Civil Veterinary Dept. Assam report 1911-1927 - 1911-1927
Year: 1911
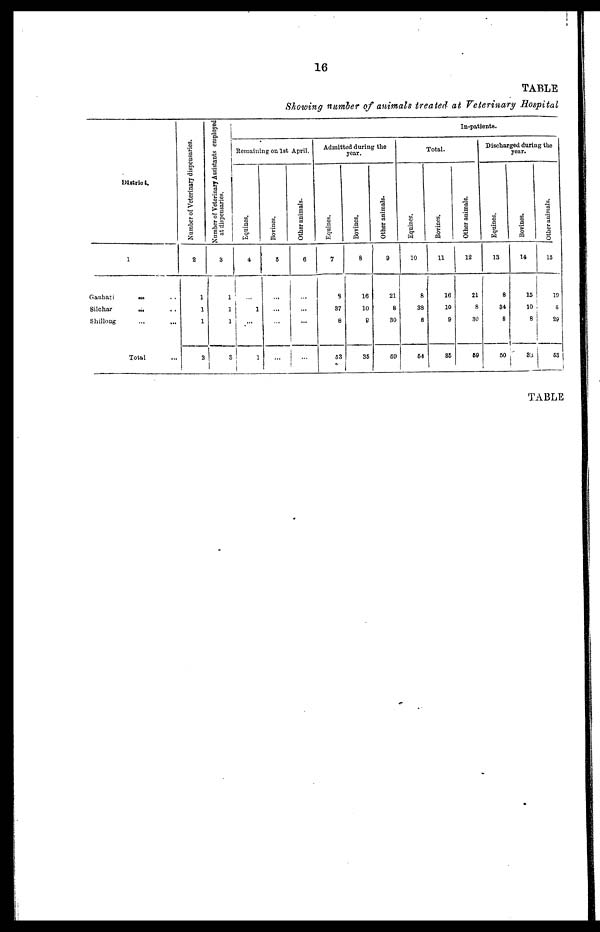
16
TABLE
Showing number of animals treated at Veterinary Hospital
District.
1
Ganhati
... ..
Silchar
...
Shillong
...
...
Total...
Number of Veterinary dispensaries.
2
1
1
1
3
Number of Veterinary Assistants employed
at dispensaries.
3
1
1
1
8
In-patients.
Remaining on 1 st April.
Equines.
4
..
1
...
1
Bovines.
5
...
...
...
Other animals.
6
i
...
...
...
Admitted during the
year.
Equines.
7
3
37
8
63
Bovines.
8
16
10
8
35
Other animals.
9
21
8
30
59
Total.
Equines.
10
8
33
6
54
Bovines.
11
16
10
9
85
Other animals.
12
21
8
30
69
Discharged during the
year.
Equines.
13
8
34
8
50
Bovines.
14
15
10
8
33
Other animals.
15
19
5
29
53
TABLE